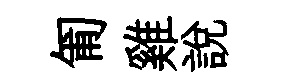
匍雞説